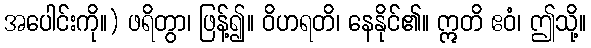
အပေါင်းကို။) ဖရိတွာ၊ ဖြန့်၍။ ဝိဟရတိ၊ နေနိုင်၏။ ဣတိ ဧဝံ၊ ဤသို့။